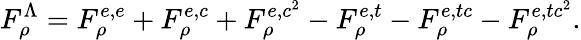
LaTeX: F_{\rho}^{\Lambda}=F_{\rho}^{e,e}+F_{\rho}^{e,c}+F_{\rho}^{e,c^{2}}-F_{\rho}^{e,t}-F_{\rho}^{e,tc}-F_{\rho}^{e,tc^{2}}.